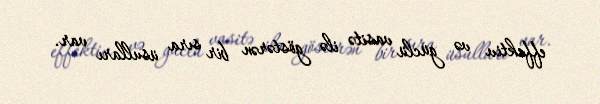
effektiv və güclü vasitə ilə göstərən bir sıra üsulları var.